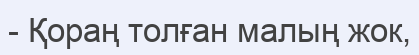
- Қораң толған малың жок,